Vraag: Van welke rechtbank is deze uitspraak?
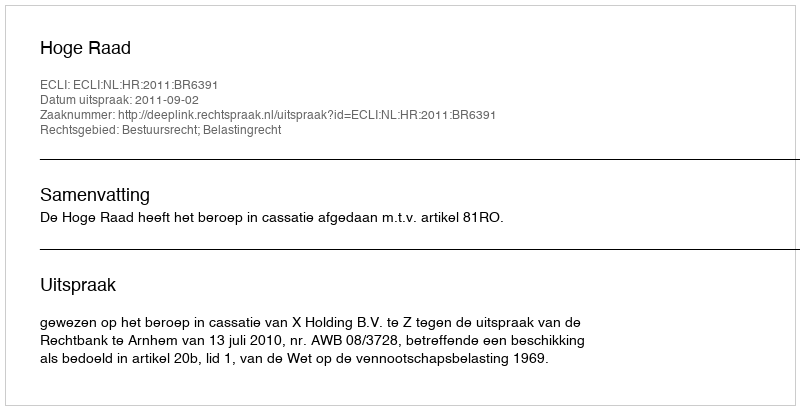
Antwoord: Hoge Raad